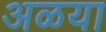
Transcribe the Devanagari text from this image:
अळया